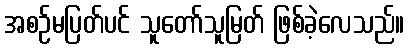
အစဉ်မပြတ်ပင် သူတော်သူမြတ် ဖြစ်ခဲ့လေသည်။